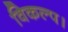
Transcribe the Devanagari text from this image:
विकल्प।